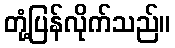
တုံ့ပြန်လိုက်သည်။